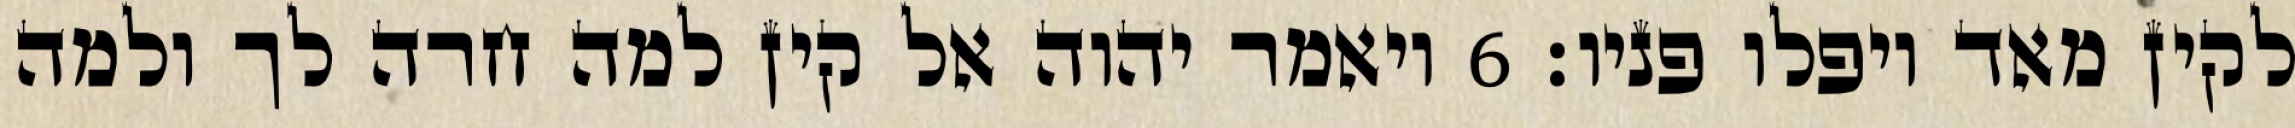
לקין מאד ויפלו פניו׃ ‎6‏ ויאמר יהוה אל קין למה חרה לך ולמה